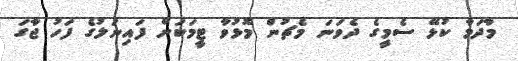
މާދަމާ ކުޅޭ ސެމީގެ ދެވަނަ މެޗުން މޮޅުވާ ޓީމަކަށް ފައިނަލުގެ ފަހު ޖާގަ